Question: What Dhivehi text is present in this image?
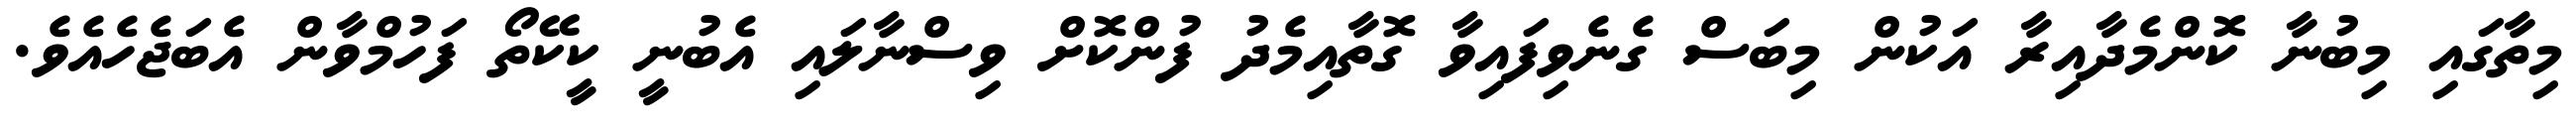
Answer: މިތާގައި މިބުނާ ކޮންމެދާއިރާ އަކުން މިބަސް ގެނެވިފައިވާ ގޮތާއިމެދު ފުންކޮށް ވިސްނާލައި އެބުނީ ކީކޭތޯ ފަހުމްވާން އެބަޖެހެއެވެ.